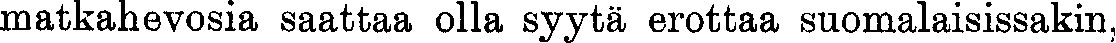
matkahevosia saattaa olla syytä erottaa suomalaisissakin,